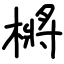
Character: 㯍